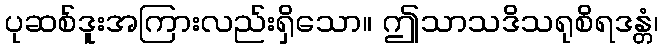
ပုဆစ်ဒူးအကြားလည်းရှိသော။ ဤသာသဒိသရုစိရဒန္တံ၊